Lunatic asylums in Bengal annual reports 1888-1898 - 1888-1898
Year: 1888
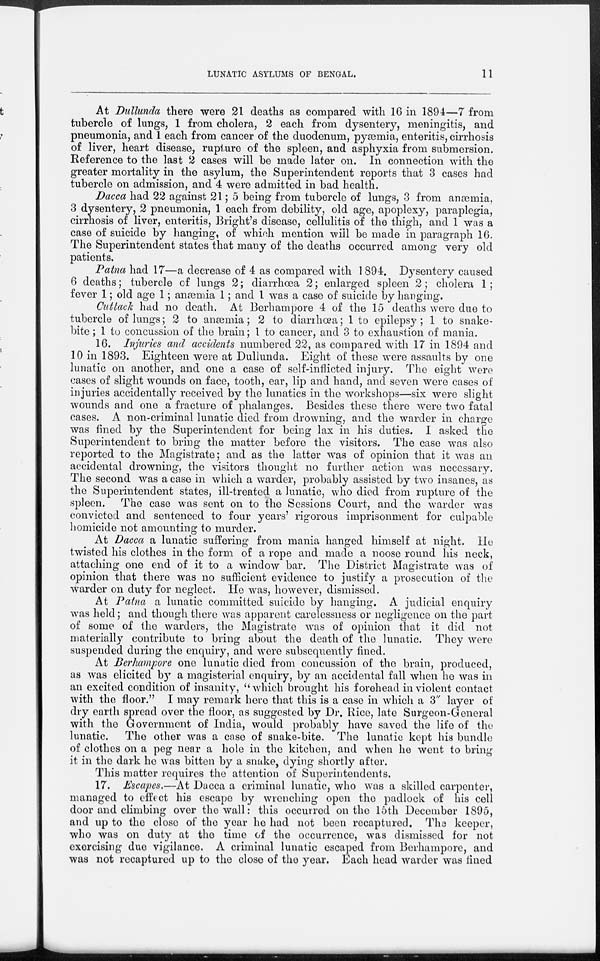
LUNATIC ASYLUMS OF BENGAL.
11
At Dullunda there were 21 deaths as compared with 16 in 1894—7 from
tubercle of lungs, 1 from cholera, 2 each from dysentery, meningitis, and
pneumonia, and 1 each from cancer of the duodenum, pyæmia, enteritis, cirrhosis
of liver, heart disease, rupture of the spleen, and asphyxia from submersion.
Reference to the last 2 cases will be made later on. In connection with the
greater mortality in the asylum, the Superintendent reports that 3 cases had
tubercle on admission, and 4 were admitted in bad health.
Dacca had 22 against 21; 5 being from tubercle of lungs, 3 from anæmia,
3 dysentery, 2 pneumonia, 1 each from debility, old age, apoplexy, paraplegia,
cirrhosis of liver, enteritis, Bright's disease, cellulitis of the thigh, and 1 was a
case of suicide by hanging, of which mention will be made in paragraph 16.
The Superintendent states that many of the deaths occurred among very old
patients.
Patna had 17—a decrease of 4 as compared with 1894. Dysentery caused
6 deaths; tubercle of lungs 2; diarrhœa 2; enlarged spleen 2; cholera 1;
fever 1; old age 1; anæmia 1; and 1 was a case of suicide by hanging.
Cuttack had no death. At Berhampore 4 of the 15 deaths were due to
tubercle of lungs; 2 to anæmia; 2 to diarrhœa; 1 to epilepsy; 1 to snake-
bite ; 1 to concussion of the brain; 1 to cancer, and 3 to exhaustion of mania.
16. Injuries and accidents numbered 22, as compared with 17 in 1894 and
10 in 1893. Eighteen were at Dullunda. Eight of these were assaults by one
lunatic on another, and one a case of self-inflicted injury. The eight were
cases of slight wounds on face, tooth, ear, lip and hand, and seven were cases of
injuries accidentally received by the lunatics in the workshops—six were slight
wounds and one a fracture of phalanges. Besides these there were two fatal
cases. A non-criminal lunatic died from drowning, and the warder in charge
was fined by the Superintendent for being lax in his duties. I asked the
Superintendent to bring the matter before the visitors. The case was also
reported to the Magistrate; and as the latter was of opinion that it was an
accidental drowning, the visitors thought no further action was necessary.
The second was a case in which a warder, probably assisted by two insanes, as
the Superintendent states, ill-treated a lunatic, who died from rupture of the
spleen. The case was sent on to the Sessions Court, and the warder was
convicted and sentenced to four years' rigorous imprisonment for culpable
homicide not amounting to murder.
At Dacca a lunatic suffering from mania hanged himself at night. He
twisted his clothes in the form of a rope and made a noose round his neck,
attaching one end of it to a window bar. The District Magistrate was of
opinion that there was no sufficient evidence to justify a prosecution of the
warder on duty for neglect. He was, however, dismissed.
At Patna a lunatic committed suicide by hanging. A judicial enquiry
was held; and though there was apparent carelessness or negligence on the part
of some of the warders, the Magistrate was of opinion that it did not
materially contribute to bring about the death of the lunatic. They were
suspended during the enquiry, and were subsequently fined.
At Berhampore one lunatic died from concussion of the brain, produced,
as was elicited by a magisterial enquiry, by an accidental fall when he was in
an excited condition of insanity, "which brought his forehead in violent contact
with the floor." I may remark here that this is a case in which a 3" layer of
dry earth spread over the floor, as suggested by Dr. Rice, late Surgeon-General
with the Government of India, would probably have saved the life of the
lunatic.
The other was a case of snake-bite. The lunatic kept his bundle
of clothes on a peg near a hole in the kitchen, and when he went to bring
it in the dark he was bitten by a snake, dying shortly after.
This matter requires the attention of Superintendents.
17. Escapes.—At Dacca a criminal lunatic, who was a skilled carpenter,
managed to effect his escape by wrenching open the padlock of his cell
door and climbing over the wall: this occurred on the 15th December 1895,
and up to the close of the year he had not been recaptured. The keeper,
who was on duty at the time of the occurrence, was dismissed for not
exercising due vigilance. A criminal lunatic escaped from Berhampore, and
was not recaptured up to the close of the year. Each head warder was fined